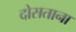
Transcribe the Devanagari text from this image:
दोसताना